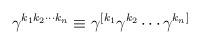
LaTeX: \begin{align*}\gamma^{k_1k_2\cdots k_n}\equiv\gamma^{[k_1}\gamma^{k_2}\cdots\gamma^{k_n]}\end{align*}